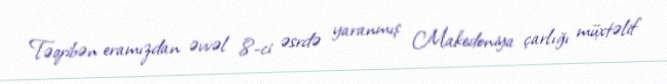
Təqribən eramızdan əvvəl 8-ci əsrdə yaranmış Makedoniya çarlığı müxtəlif